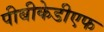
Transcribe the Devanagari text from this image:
पीबीकेडीएफ